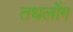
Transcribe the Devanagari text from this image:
तधलोंग